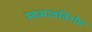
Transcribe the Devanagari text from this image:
स्वभावविशेष